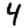
Digit: 4